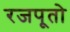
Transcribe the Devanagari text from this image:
रजपूतो